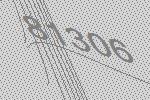
81306